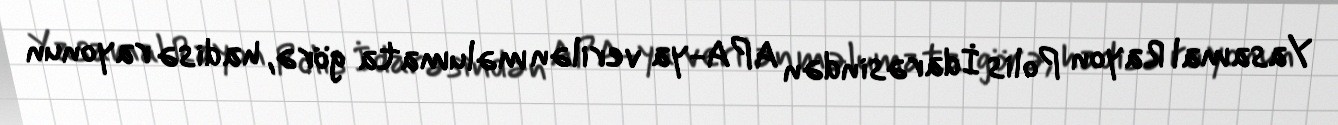
Yasamal Rayon Polis İdarəsindən APA-ya verilən məlumata görə, hadisə rayonun